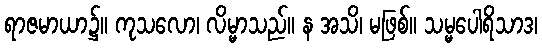
ရာဇမာယာ၌။ ကုသလော၊ လိမ္မာသည်။ န အသိ၊ မဖြစ်။ သမ္မပေါရိသာဒ၊